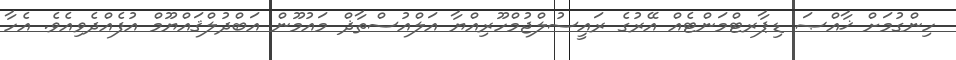
ހިންގުމަށް ޚާއްޞަ ޑިޕާރޓްމަންޓެއް އޭރުގެ ރައީސުލްޖުމްހޫރިއްޔާ އަލްއުސްތާޛް މައުމޫން އަބްދުލްޤައްޔޫމް އުފެއްދެވިއެވެ. އެހާ